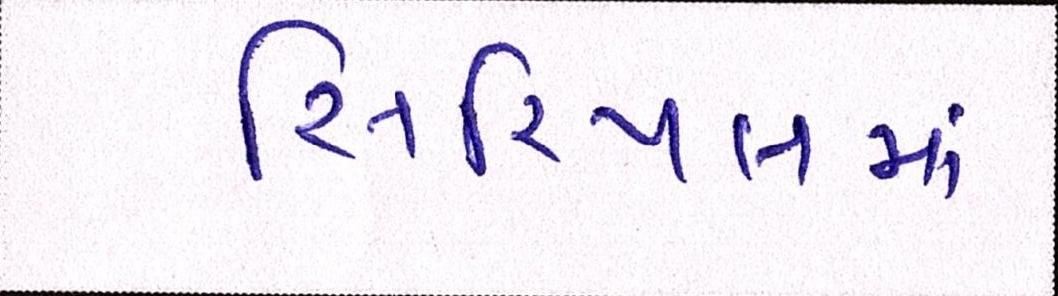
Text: સિરિયલમાં